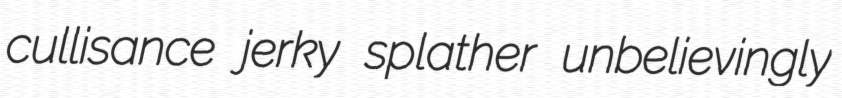
cullisance jerky splather unbelievingly